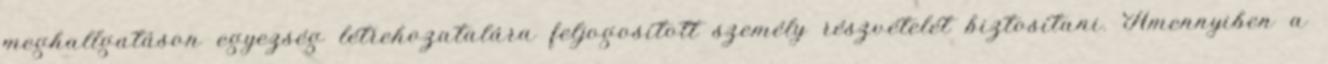
meghallgatáson egyezség létrehozatalára feljogosított személy részvételét biztosítani. Amennyiben a